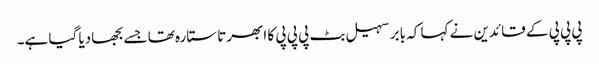
پی پی پی کے قائدین نے کہا کہ بابر سہیل بٹ پی پی پی کا ابھرتا ستارہ تھا جسے بجھادیا گیا ہے۔